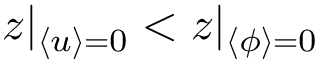
z | _ { \langle u \rangle = 0 } < z | _ { \langle \phi \rangle = 0 }